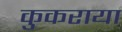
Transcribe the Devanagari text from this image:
कुकराया